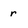
Character: r